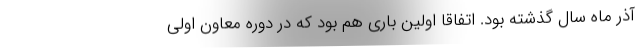
آذر ماه سال گذشته بود. اتفاقا اولین باری هم بود که در دوره معاون اولی